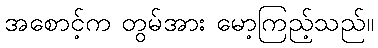
အစောင့်က တွမ်အား မော့ကြည့်သည်။